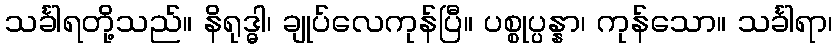
သင်္ခါရတို့သည်။ နိရုဒ္ဓါ၊ ချုပ်လေကုန်ပြီ။ ပစ္စုပ္ပန္နာ၊ ကုန်သော။ သင်္ခါရာ၊